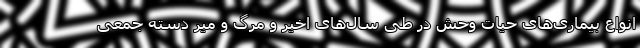
انواع بیماری‌های حیات وحش در طی سال‌های اخیر و مرگ و میر دسته جمعی